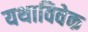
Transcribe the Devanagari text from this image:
यथाविवेक